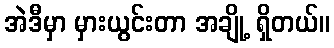
အဲဒီမှာ မှားယွင်းတာ အချို့ ရှိတယ်။